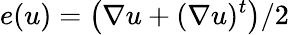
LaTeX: e(u)=\left(\nabla u+(\nabla u)^{t}\right)/2